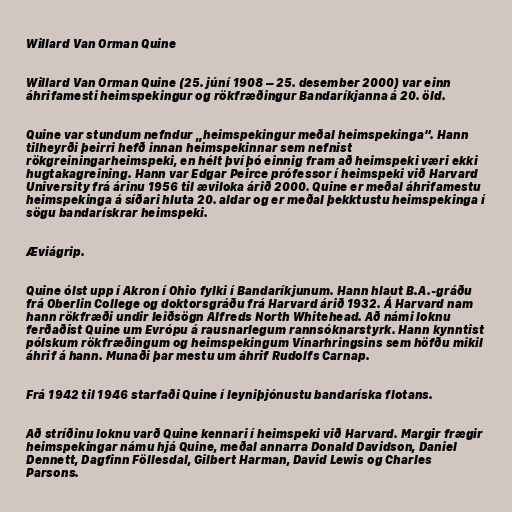
Willard Van Orman Quine

Willard Van Orman Quine (25. júní 1908 – 25. desember 2000) var einn
áhrifamesti heimspekingur og rökfræðingur Bandaríkjanna á 20. öld.

Quine var stundum nefndur „heimspekingur meðal heimspekinga“. Hann
tilheyrði þeirri hefð innan heimspekinnar sem nefnist
rökgreiningarheimspeki, en hélt því þó einnig fram að heimspeki væri ekki
hugtakagreining. Hann var Edgar Peirce prófessor í heimspeki við Harvard
University frá árinu 1956 til æviloka árið 2000. Quine er meðal áhrifamestu
heimspekinga á síðari hluta 20. aldar og er meðal þekktustu heimspekinga í
sögu bandarískrar heimspeki.

Æviágrip.

Quine ólst upp í Akron í Ohio fylki í Bandaríkjunum. Hann hlaut B.A.-gráðu
frá Oberlin College og doktorsgráðu frá Harvard árið 1932. Á Harvard nam
hann rökfræði undir leiðsögn Alfreds North Whitehead. Að námi loknu
ferðaðist Quine um Evrópu á rausnarlegum rannsóknarstyrk. Hann kynntist
pólskum rökfræðingum og heimspekingum Vínarhringsins sem höfðu mikil
áhrif á hann. Munaði þar mestu um áhrif Rudolfs Carnap.

Frá 1942 til 1946 starfaði Quine í leyniþjónustu bandaríska flotans.

Að stríðinu loknu varð Quine kennari í heimspeki við Harvard. Margir frægir
heimspekingar námu hjá Quine, meðal annarra Donald Davidson, Daniel
Dennett, Dagfinn Föllesdal, Gilbert Harman, David Lewis og Charles
Parsons.